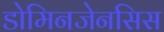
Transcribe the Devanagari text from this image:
डोमिनजेनसिस